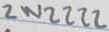
Text: 2N2222